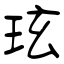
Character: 玹